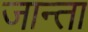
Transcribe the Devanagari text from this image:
जान्ता